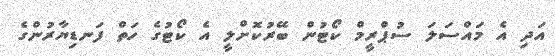
އަދި އެ މައްސަލަ ސުޕްރީމް ކޯޓުން ބޭރުކޮށްލީ އެ ކޯޓުގެ ހަތް ފަނޑިޔާރުންގެ